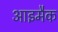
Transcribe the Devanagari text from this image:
आइमैक